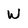
Character: W